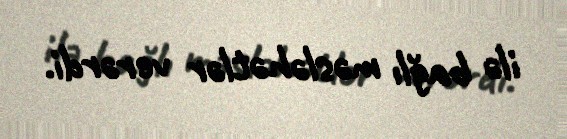
ilə bağlı məsləhətlər verərdi.